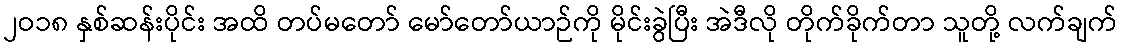
၂ဝ၁၈ နှစ်ဆန်းပိုင်း အထိ တပ်မတော် မော်တော်ယာဉ်ကို မိုင်းခွဲပြီး အဲဒီလို တိုက်ခိုက်တာ သူတို့ လက်ချက်